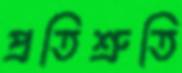
প্রতিশ্রুতি